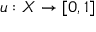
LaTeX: u : X \rightarrow [ 0 , 1 ]